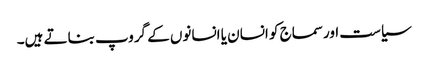
سیاست اورسماج کو انسان یا انسانوں کے گروپ بناتے ہیں۔